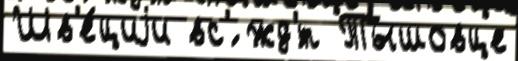
Шв'е́циjи вс'́ жд'́т Тышовце